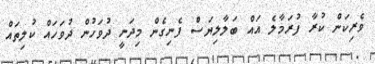
ވެރިކަން ކުރާ ފުރަމާލެ އައް ބަލާލިޔަސް ފެނިގެން މިދަނީ ދުވަހުން ދުވަހައް ކުލިތައް